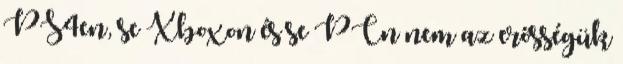
PS4en, se Xboxon és se PCn nem az erősségük